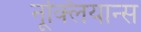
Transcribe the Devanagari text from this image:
नूक्लियान्स